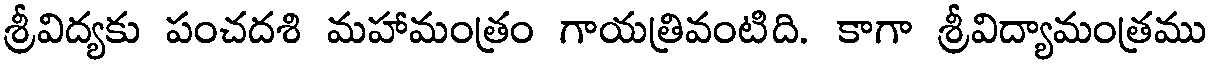
శ్రీవిద్యకు పంచదశి మహామంత్రం గాయత్రివంటిది. కాగా శ్రీవిద్యామంత్రము